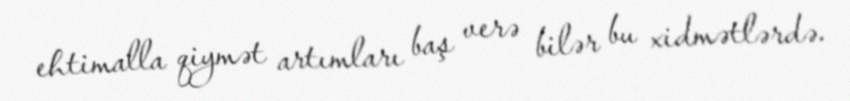
ehtimalla qiymət artımları baş verə bilər bu xidmətlərdə.